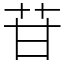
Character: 苷